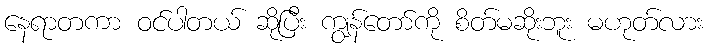
နေရာတကာ ဝင်ပါတယ် ဆိုပြီး ကျွန်တော်ကို စိတ်မဆိုးဘူး မဟုတ်လား